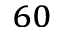
^ { 6 0 }